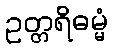
ဥတ္တရိဓမ္မံ